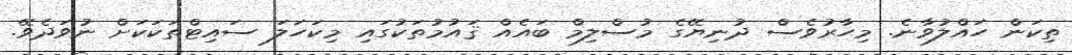
ތިކަން ހައްލުވާނެ. މިހާރުވެސް ދުނިޔޭގެ މުސްލިމް ބައެއް ޤައުމުތަކުގައި މިކަހަލަ ސައިޓްތަކަކަށް ނުވަދެވޭ.